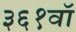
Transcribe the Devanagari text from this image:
३६१वॉ